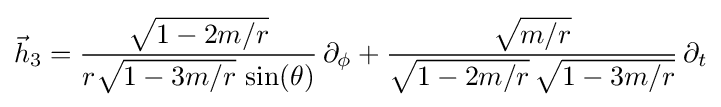
{\vec {h}}_{3}={\frac {\sqrt {1-2m/r}}{r{\sqrt {1-3m/r}}\,\sin(\theta )}}\,\partial _{\phi }+{\frac {\sqrt {m/r}}{{\sqrt {1-2m/r}}\,{\sqrt {1-3m/r}}}}\,\partial _{t}